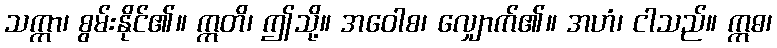
သက္ကာ၊ စွမ်းနိုင်၏။ ဣတိ၊ ဤသို့။ အဝေါစ၊ လျှောက်၏။ အဟံ၊ ငါသည်။ ဣဓ၊